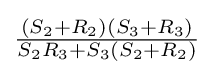
{\tfrac {(S_{2}+R_{2})(S_{3}+R_{3})}{S_{2}R_{3}+S_{3}(S_{2}+R_{2})}}